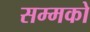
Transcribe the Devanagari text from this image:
सम्मको